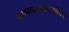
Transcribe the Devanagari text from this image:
समाजव्यवस्थेवर